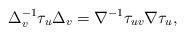
LaTeX: \begin{align*}\Delta_v^{-1} \tau_u \Delta_v = \nabla^{-1} \tau_{uv} \nabla \tau_u,\end{align*}